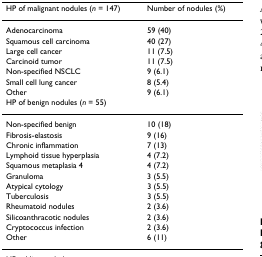
<table><thead><tr><td><b>HP of malignant nodules (<i>n </i>= 147)</b></td><td><b>Number of nodules (%)</b></td></tr></thead><tbody><tr><td>Adenocarcinoma</td><td>59 (40)</td></tr><tr><td>Squamous cell carcinoma</td><td>40 (27)</td></tr><tr><td>Large cell cancer</td><td>11 (7.5)</td></tr><tr><td>Carcinoid tumor</td><td>11 (7.5)</td></tr><tr><td>Non-specified NSCLC</td><td>9 (6.1)</td></tr><tr><td>Small cell lung cancer</td><td>8 (5.4)</td></tr><tr><td>Other</td><td>9 (6.1)</td></tr><tr><td>HP of benign nodules (<i>n </i>= 55)</td><td></td></tr><tr><td>Non-specified benign</td><td>10 (18)</td></tr><tr><td>Fibrosis-elastosis</td><td>9 (16)</td></tr><tr><td>Chronic inflammation</td><td>7 (13)</td></tr><tr><td>Lymphoid tissue hyperplasia</td><td>4 (7.2)</td></tr><tr><td>Squamous metaplasia 4</td><td>4 (7.2)</td></tr><tr><td>Granuloma</td><td>3 (5.5)</td></tr><tr><td>Atypical cytology</td><td>3 (5.5)</td></tr><tr><td>Tuberculosis</td><td>3 (5.5)</td></tr><tr><td>Rheumatoid nodules</td><td>2 (3.6)</td></tr><tr><td>Silicoanthracotic nodules</td><td>2 (3.6)</td></tr><tr><td>Cryptococcus infection</td><td>2 (3.6)</td></tr><tr><td>Other</td><td>6 (11)</td></tr></tbody></table>